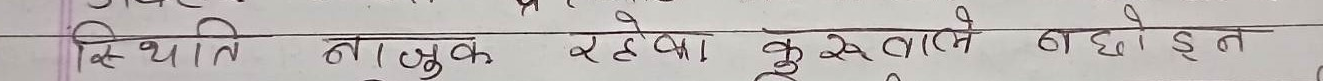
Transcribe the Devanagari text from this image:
स्थिति नाजुक रहेमा कु से वालमे बाढोईन